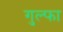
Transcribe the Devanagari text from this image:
गुल्फा